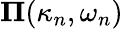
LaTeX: \boldsymbol{\Pi}(\kappa_{n},\omega_{n})